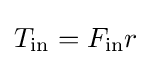
T_{\text{in}}=F_{\text{in}}r